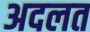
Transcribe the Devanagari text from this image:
अदलत